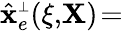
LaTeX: \hat{\mathbf x}_{e}^{\scriptscriptstyle\perp}(\xi,\! {\mathbf X})\! =